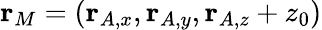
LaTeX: \mathbf{r}_{M}=(\mathbf{r}_{A,x},\mathbf{r}_{A,y},\mathbf{r}_{A,z}+z_{0})